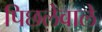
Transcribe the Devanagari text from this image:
पिछलेवाले